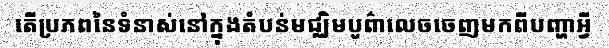
តើប្រភពនៃទំនាស់នៅក្នុងតំបន់មជ្ឈិមបូព៌ាលេចចេញមកពីបញ្ហាអ្វី